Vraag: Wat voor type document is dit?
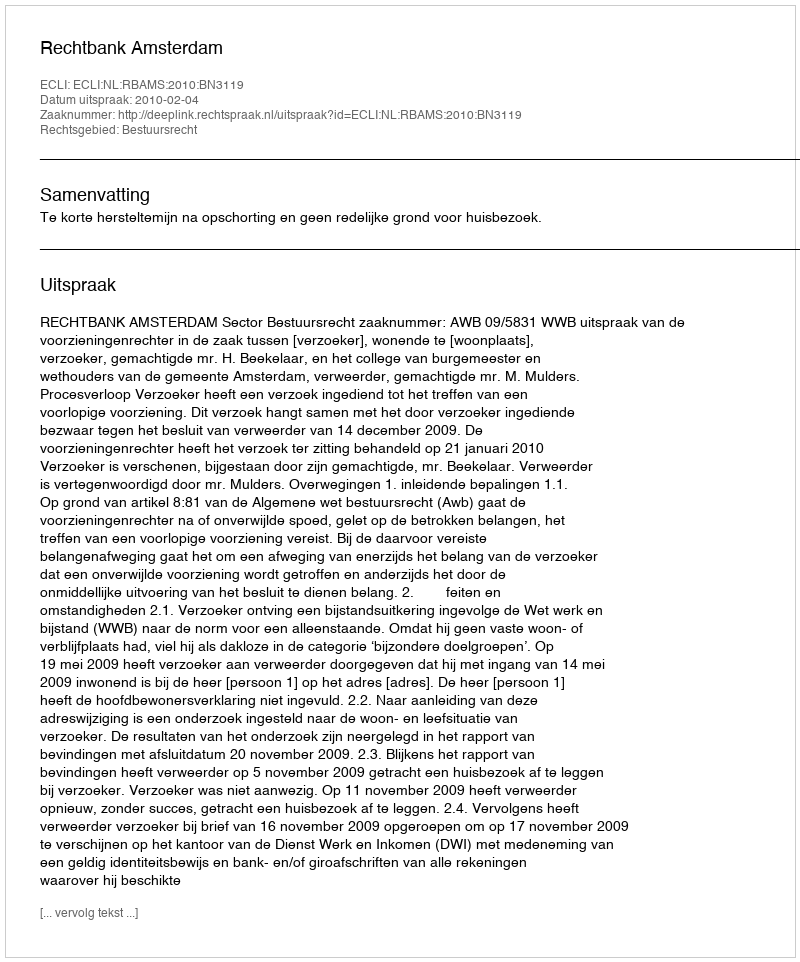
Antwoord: Uitspraak